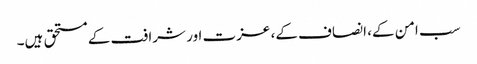
سب امن کے، انصاف کے، عزت اور شرافت کے مستحق ہیں۔